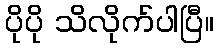
ပိုပို သိလိုက်ပါပြီ။